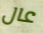
عال